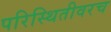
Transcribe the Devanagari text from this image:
परिस्थितीवरच